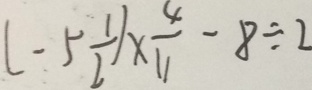
( - 5 \frac { 1 } { 2 } ) \times \frac { 4 } { 1 1 } - 8 \div 2